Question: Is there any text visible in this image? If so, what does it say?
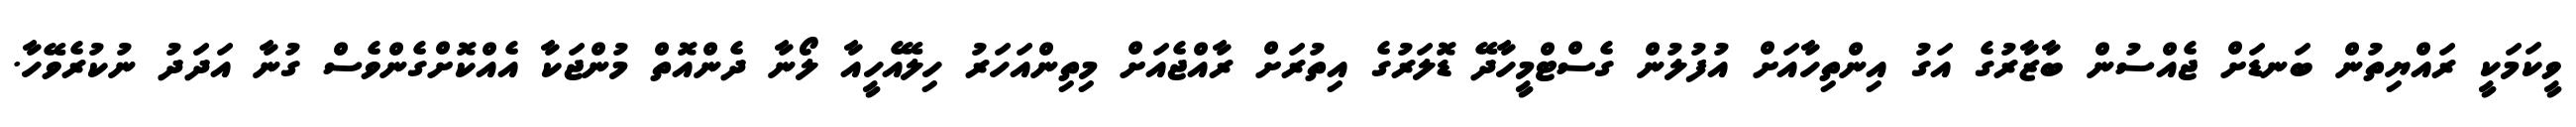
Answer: ވީކަމަކީ ރައްޔިތުން ބަނޑަށް ޖެއްސުން ބާޒާރުގެ އަގު އިންތިހާއަށް އުފުލުން ގެސްޓްމީހާދޭ ޑޮލަރުގެ އިތުރަށް ރާއްޖެއަށް މިތިންއަހަރު ހިލޭއެހީއާ ލޯނާ ދެންއޮތް މުންޖަކާ އެއްކޮށްގެންވެސް ގުނާ އަދަދު ނުކުރެވޭހާ.